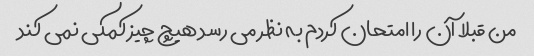
من قبلا آن را امتحان کردم به نظر می رسد هیچ چیز کمکی نمی کند